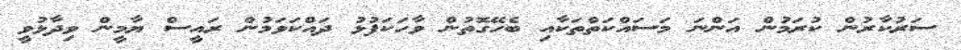
ސަރުކާރުން ކުރަމުން އަންނަ މަސައްކަތްތަކާއި ބެހޭގޮތުން ވާހަކަފުޅު ދައްކަވަމުން ރައީސް ޔާމީން ވިދާޅުވީ